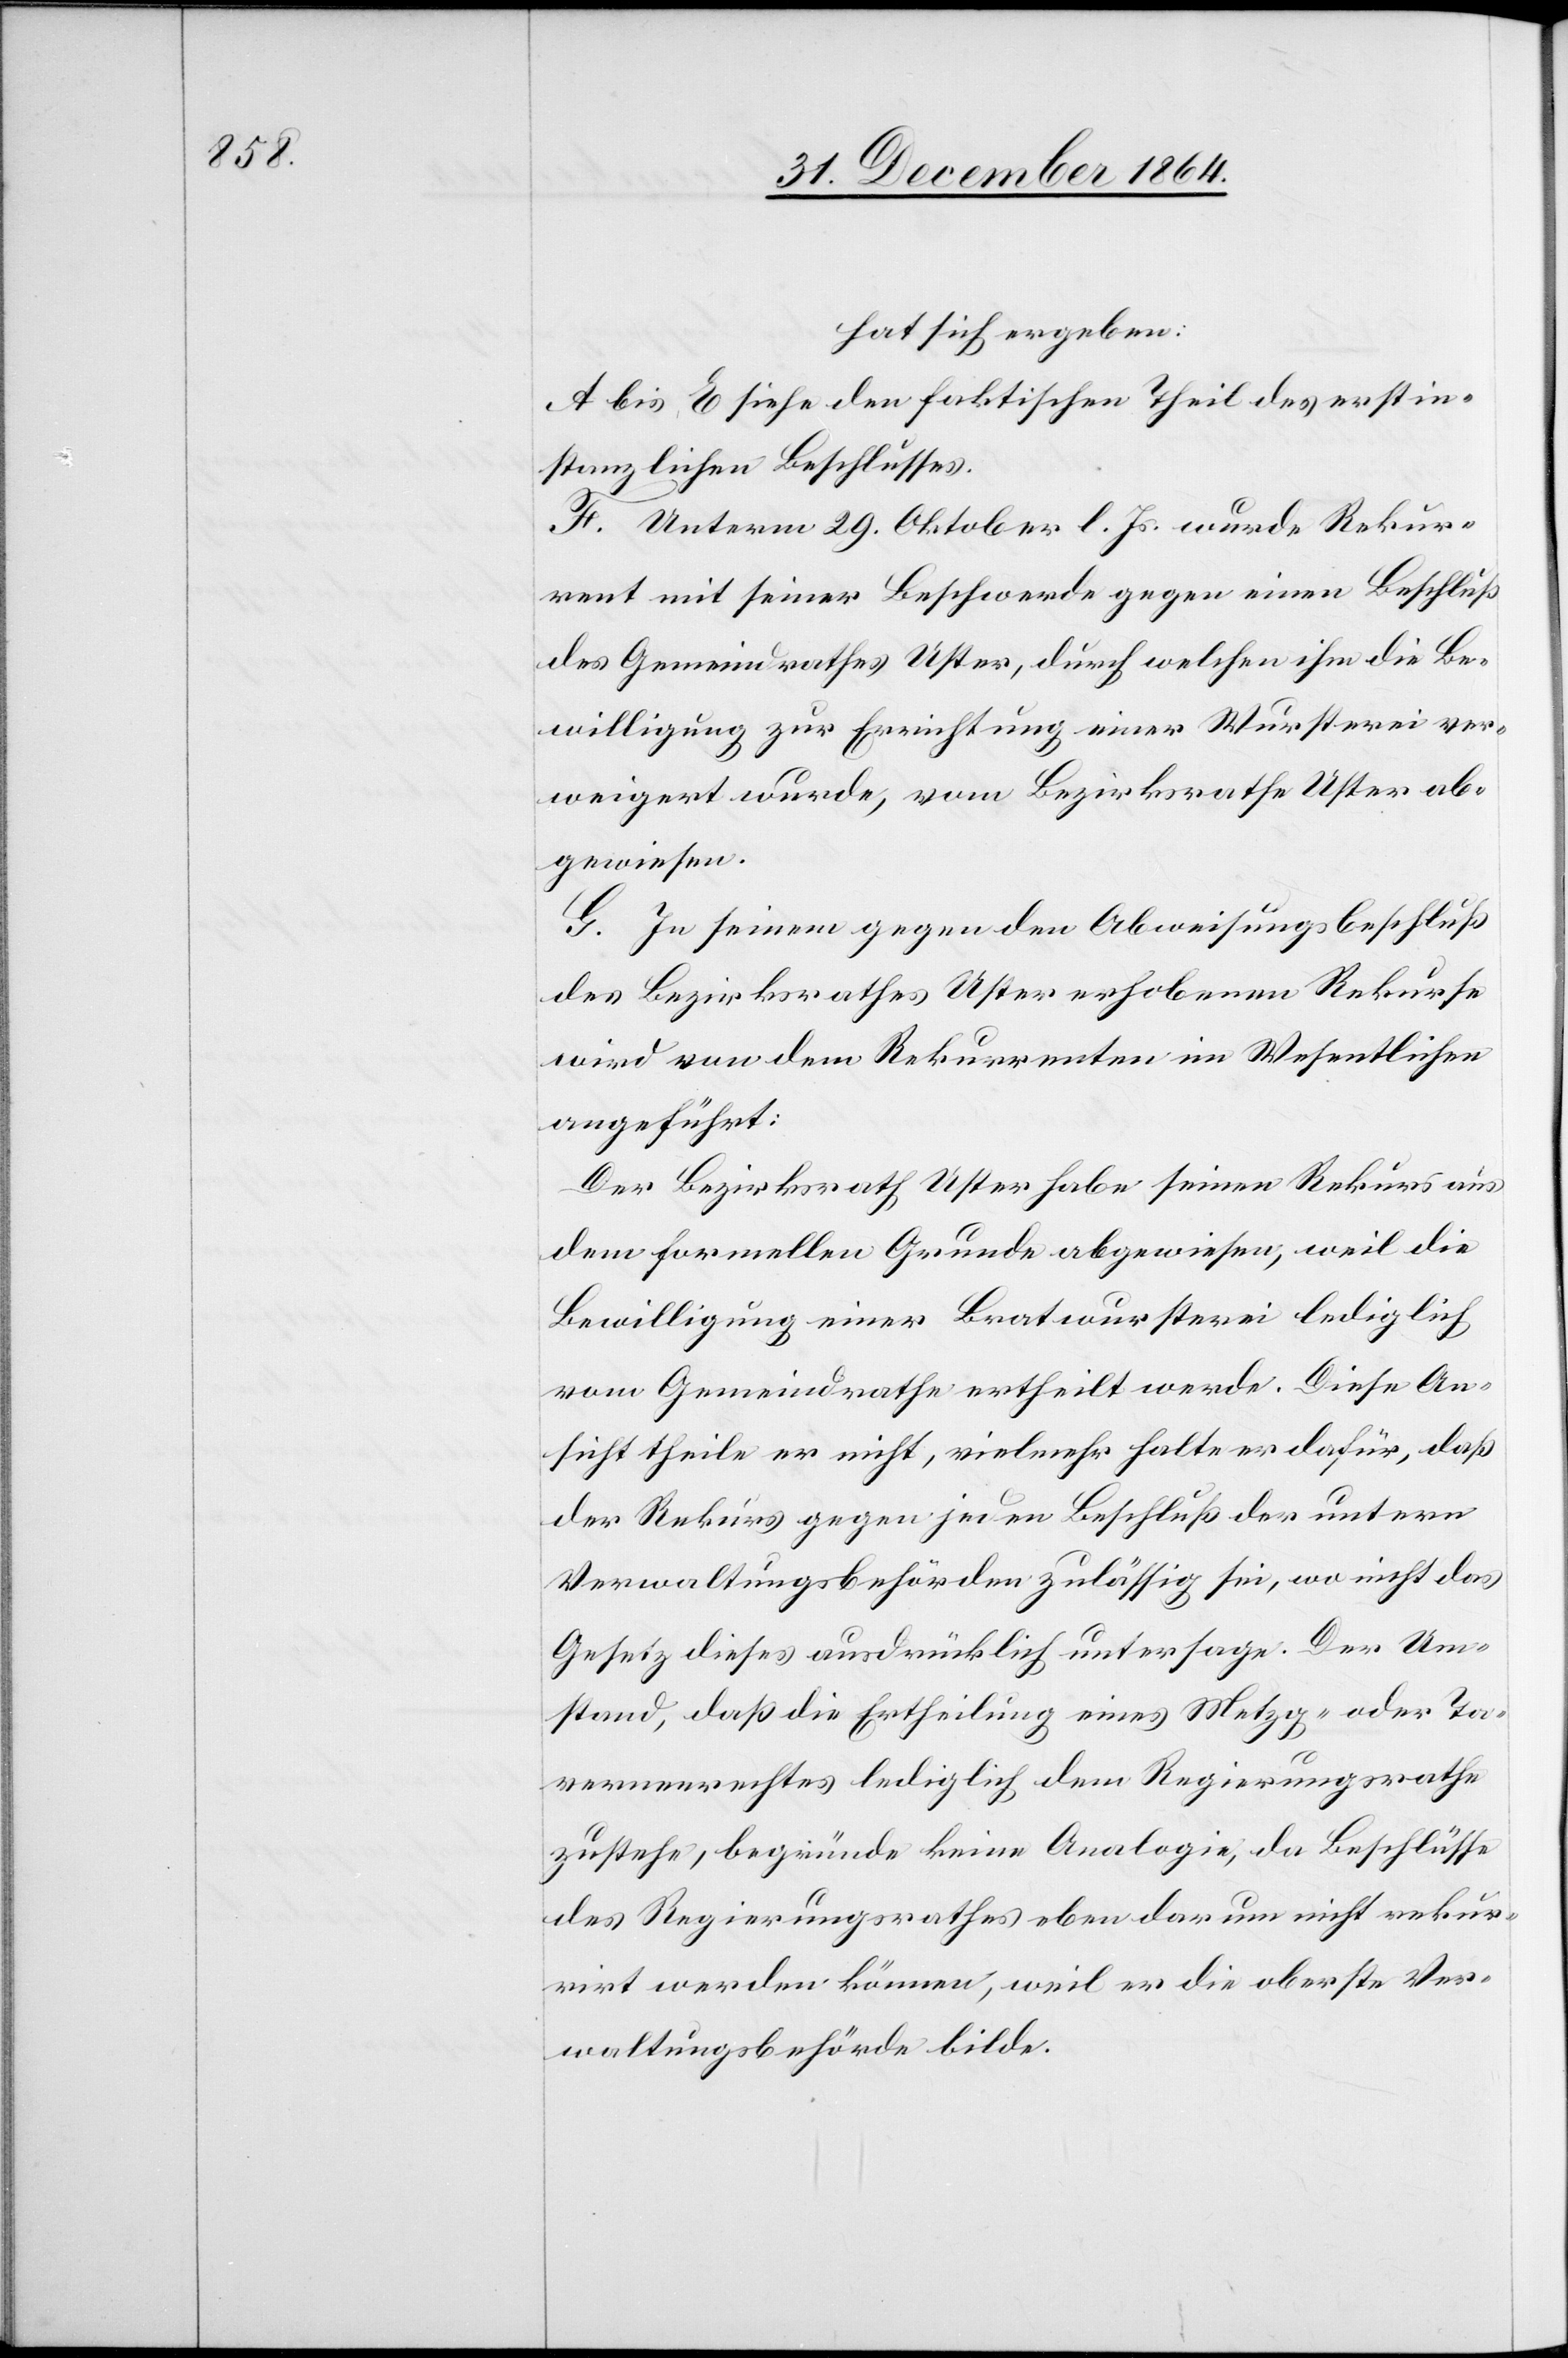
hat sich ergeben:
A. bis E. siehe den faktischen Theil des erstin¬
stanzlichen Beschlusses.
F. Unterm 29. Oktober l. Js. wurde Rekur¬
rent mit seiner Beschwerde gegen einen Beschluß
des Gemeindrathes Uster, durch welchen ihm die Be¬
willigung zur Errichtung einer Wursterei ver¬
weigert wurde, vom Bezirksrathe Uster ab¬
gewiesen.
G. In seinem gegen den Abweisungsbeschluß
des Bezirksrathes Uster erhobenen Rekurse
wird von dem Rekurrenten im Wesentlichen
angeführt:
Der Bezirksrath Uster habe seinen Rekurs aus
dem formellen Grunde abgewiesen, weil die
Bewilligung einer Bratwursterei lediglich
vom Gemeindrathe ertheilt werde. Diese An¬
sicht theile er nicht, vielmehr halte er dafür, daß
der Rekurs gegen jeden Beschluß der untern
Verwaltungsbehörden zulässig sei, wo nicht das
Gesetz dieses ausdrücklich untersage. Der Um¬
stand, daß die Ertheilung eines Metzg- oder Ta¬
vernenrechtes lediglich dem Regierungsrathe
zustehe, begründe keine Analogie, da Beschlüsse
des Regierungsrathes eben darum nicht rekur¬
rirt werden können, weil er die oberste Ver¬
waltungsbehörde bilde.